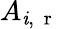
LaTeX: A_{\mathit{i},\mathrm{{~\mathbf{~}r~}}}